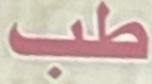
طب